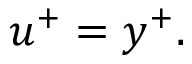
u ^ { + } = y ^ { + } .